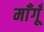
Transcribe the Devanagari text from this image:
माँगूँ